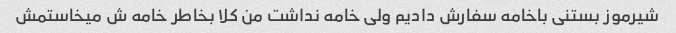
شیرموز بستنی باخامه سفارش دادیم ولی خامه نداشت من کلا بخاطر خامه ش میخاستمش